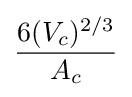
{\frac {6(V_{c})^{2/3}}{A_{c}}}